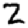
Digit: 2